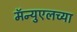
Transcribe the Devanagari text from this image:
मॅन्युएलच्या